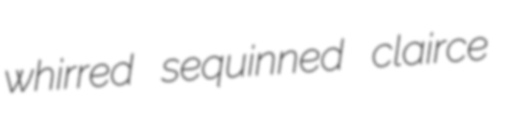
whirred sequinned clairce